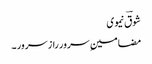
شوقؔ نیموی
مضامینِ سرور راز سرور ۔